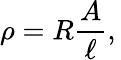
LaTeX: \rho=R{\frac{A}{\ell}},\,